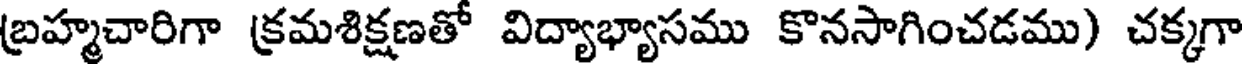
బ్రహ్మచారిగా క్రమశిక్షణతో విద్యాభ్యాసము కొనసాగించడము) చక్కగా